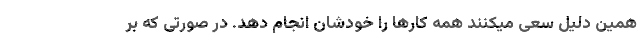
همین دلیل سعی میکنند همه کارها را خودشان انجام دهد. در صورتی که بر